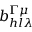
b _ { h l \lambda } ^ { \Gamma \mu }